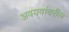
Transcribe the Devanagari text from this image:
अवयवांवरील